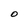
Character: O